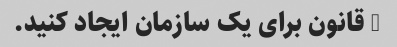
3 قانون برای یک سازمان ایجاد کنید.